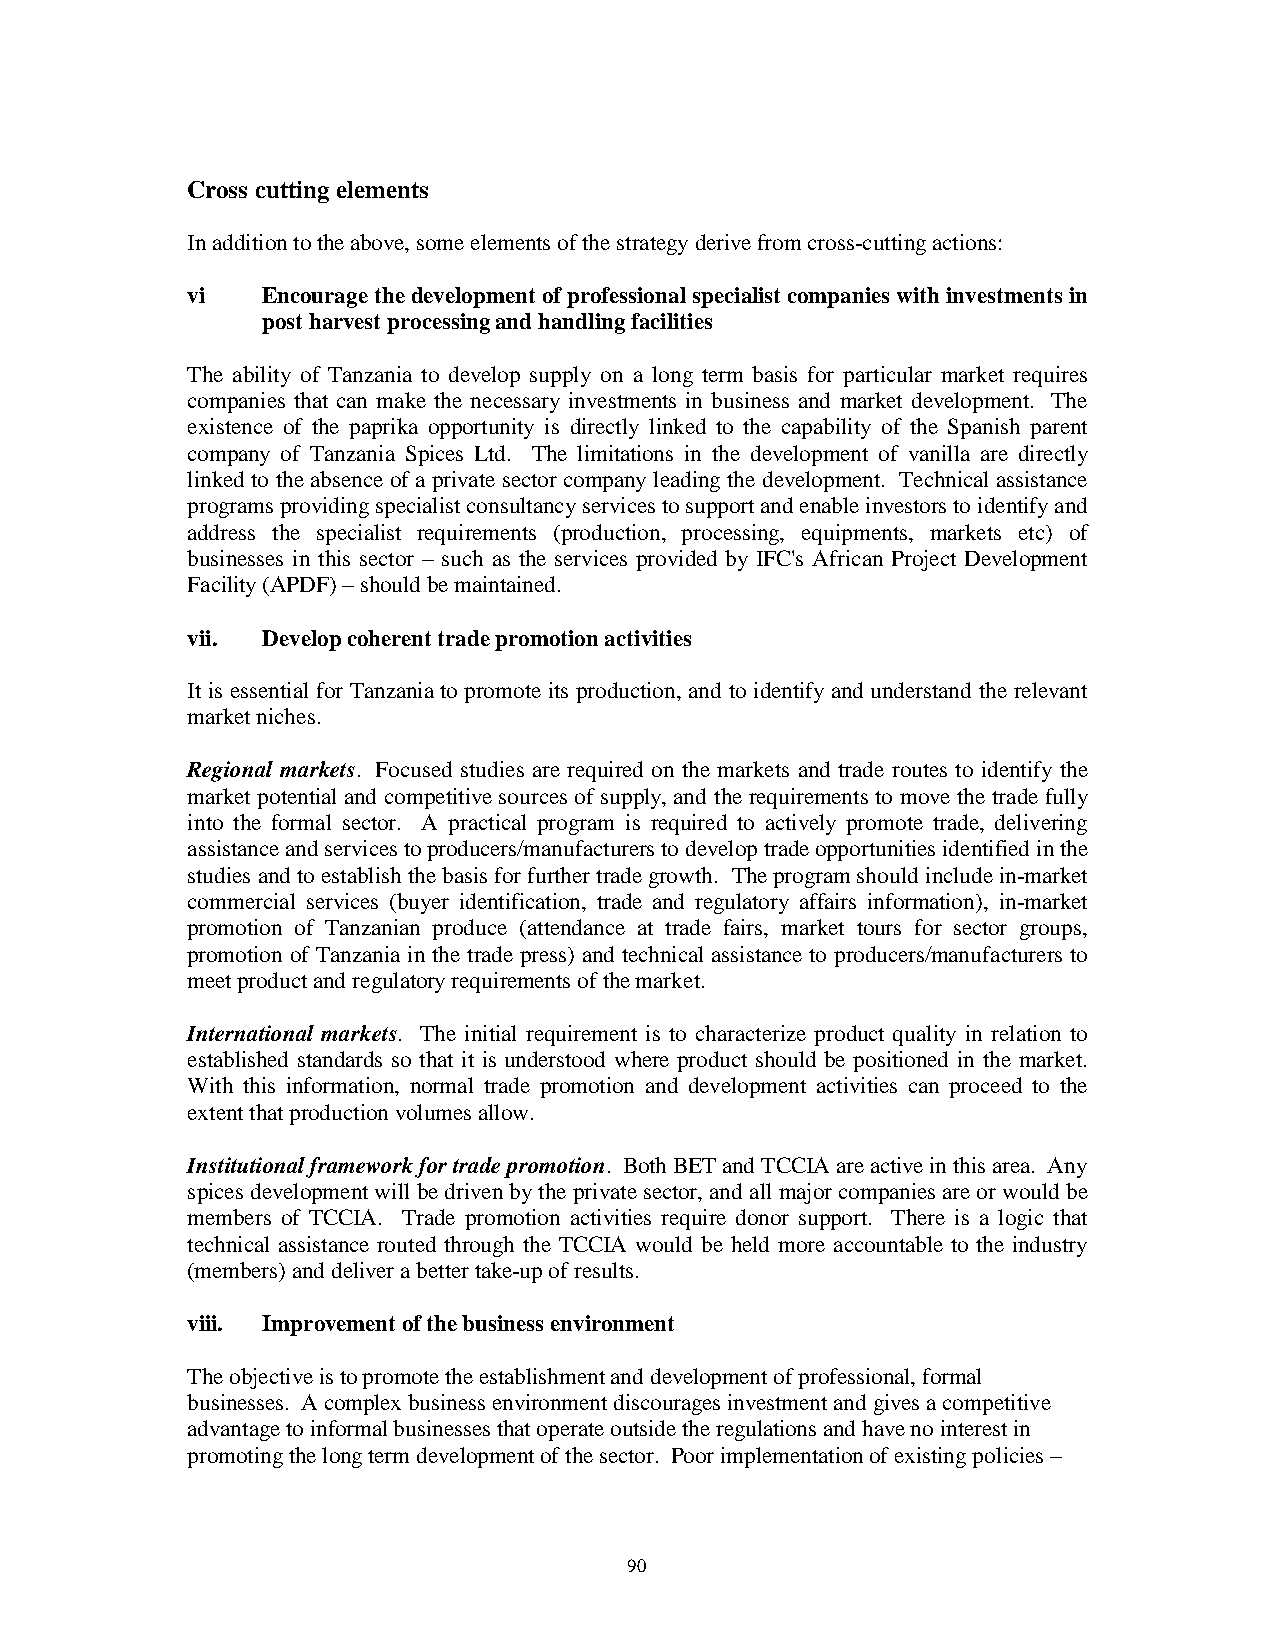
Cross cutting elements
 In addition to the above, some elements of the strategy derive from cross-cutting actions:
 vi   Encourage the development of professional specialist companies with investments in
 post harvest processing and handling facilities
 The ability of Tanzania to develop supply on a long term basis for particular market requires
 companies that can make the necessary investments in business and market development. The
 existence of the paprika opportunity is directly linked to the capability of the Spanish parent
 company of Tanzania Spices Ltd. The limitations in the development of vanilla are directly
 linked to the absence of a private sector company leading the development. Technical assistance
 programs providing specialist consultancy services to support and enable investors to identify and
 address the specialist requirements (production, processing, equipments, markets etc) of
 businesses in this sector – such as the services provided by IFC's African Project Development
 Facility (APDF) – should be maintained.
 vii. Develop coherent trade promotion activities
 It is essential for Tanzania to promote its production, and to identify and understand the relevant
 market niches.
 Regional markets. Focused studies are required on the markets and trade routes to identify the
 market potential and competitive sources of supply, and the requirements to move the trade fully
 into the formal sector. A practical program is required to actively promote trade, delivering
 assistance and services to producers/manufacturers to develop trade opportunities identified in the
 studies and to establish the basis for further trade growth. The program should include in-market
 commercial services (buyer identification, trade and regulatory affairs information), in-market
 promotion of Tanzanian produce (attendance at trade fairs, market tours for sector groups,
 promotion of Tanzania in the trade press) and technical assistance to producers/manufacturers to
 meet product and regulatory requirements of the market.
 International markets. The initial requirement is to characterize product quality in relation to
 established standards so that it is understood where product should be positioned in the market.
 With this information, normal trade promotion and development activities can proceed to the
 extent that production volumes allow.
 Institutional framework for trade promotion. Both BET and TCCIA are active in this area. Any
 spices development will be driven by the private sector, and all major companies are or would be
 members of TCCIA. Trade promotion activities require donor support. There is a logic that
 technical assistance routed through the TCCIA would be held more accountable to the industry
 (members) and deliver a better take-up of results.
 viii. Improvement of the business environment
 The objective is to promote the establishment and development of professional, formal
 businesses. A complex business environment discourages investment and gives a competitive
 advantage to informal businesses that operate outside the regulations and have no interest in
 promoting the long term development of the sector. Poor implementation of existing policies –
 90